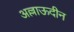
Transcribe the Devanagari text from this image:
अल्लाऊदीन